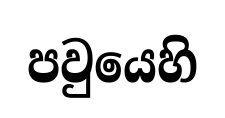
පවුයෙහි